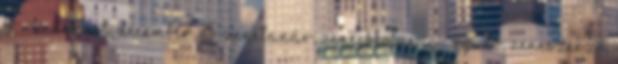
4. - Budapest, december 25. zenetanár, zeneiskolai igazgató, zeneszerző,